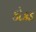
કોકડ